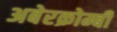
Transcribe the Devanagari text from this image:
अबेरक्रोम्बी